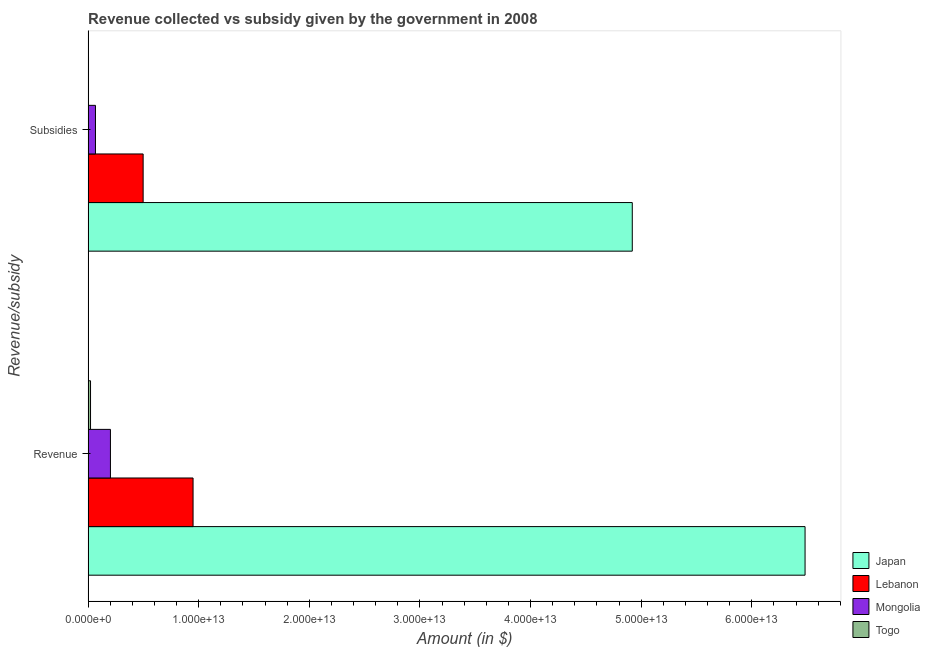
| Revenue/subsidy | Japan | Lebanon | Mongolia | Togo |
 | --- | --- | --- | --- | --- |
 | Revenue | 6.48e+13 | 9.49e+12 | 2.02e+12 | 2.21e+11 |
 | Subsidies | 4.92e+13 | 4.98e+12 | 6.67e+11 | 3.81e+10 |